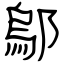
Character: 鄔